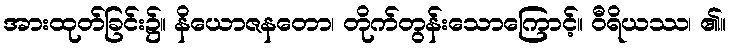
အားထုတ်ခြင်း၌။ နိယောဇနတော၊ တိုက်တွန်းသောကြောင့်။ ဝီရိယဿ၊ ၏။